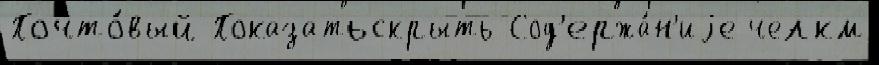
Почто́вый Показатьскрыть Сод'ержа́н'иjе челкм